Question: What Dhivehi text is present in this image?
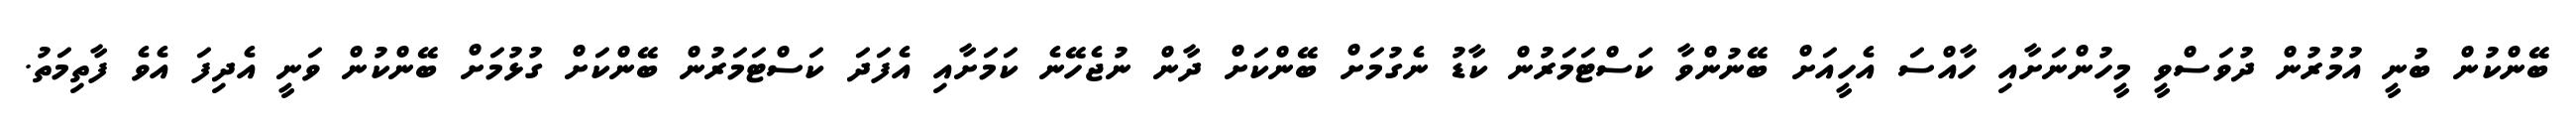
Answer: ބޭންކުން ބުނީ އުމުރުން ދުވަސްވީ މީހުންނަށާއި ހާއްސަ އެހީއަށް ބޭނުންވާ ކަސްޓަމަރުން ކާޑު ނެގުމަށް ބޭންކަށް ދާން ނުޖެހޭނެ ކަމަށާއި އެފަދަ ކަސްޓަމަރުން ބޭންކަށް ގުޅުމަށް ބޭންކުން ވަނީ އެދިފަ އެވެ ފާތިމަތު.